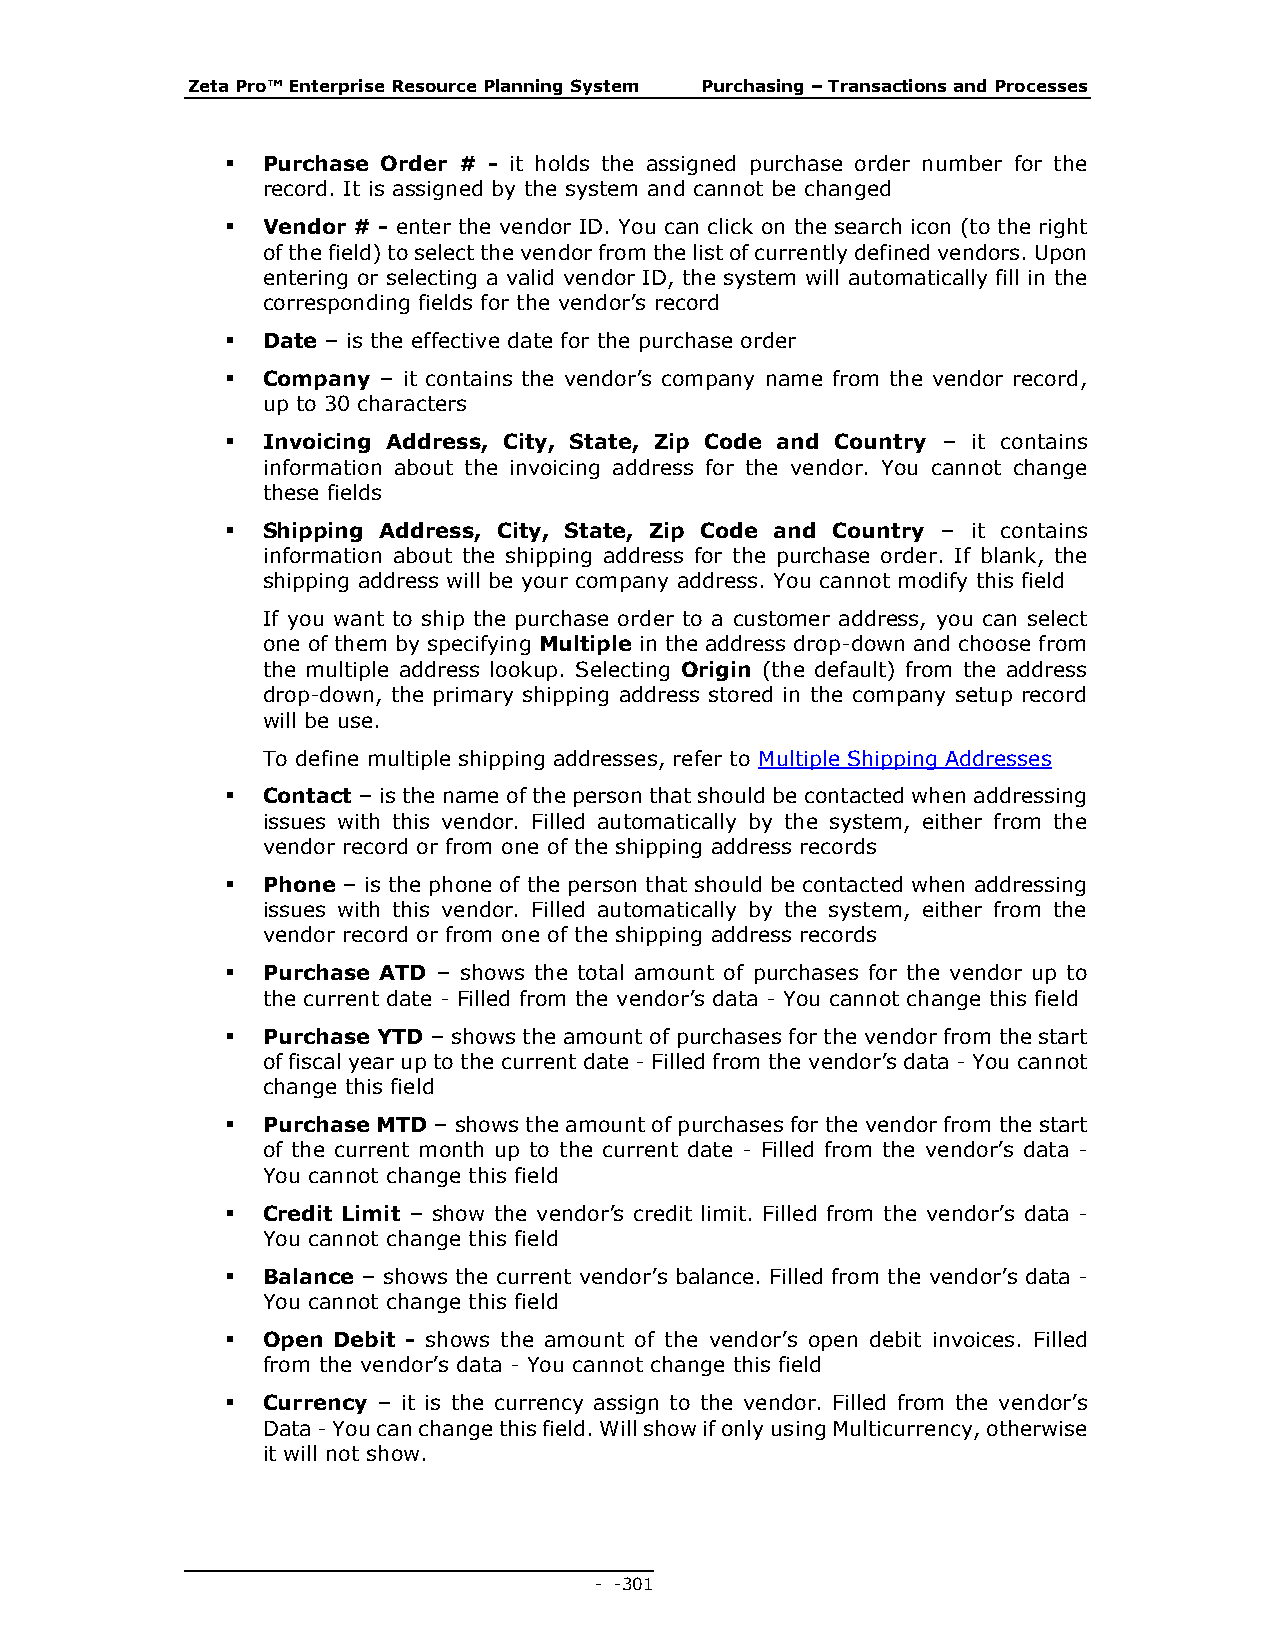
Zeta Pro™ Enterprise Resource Planning System Purchasing – Transactions and Processes
  Purchase Order # - it holds the assigned purchase order number for the
 record. It is assigned by the system and cannot be changed
  Vendor # - enter the vendor ID. You can click on the search icon (to the right
 of the field) to select the vendor from the list of currently defined vendors. Upon
 entering or selecting a valid vendor ID, the system will automatically fill in the
 corresponding fields for the vendor’s record
  Date – is the effective date for the purchase order
  Company – it contains the vendor’s company name from the vendor record,
 up to 30 characters
  Invoicing Address, City, State, Zip Code and Country – it contains
 information about the invoicing address for the vendor. You cannot change
 these fields
  Shipping Address, City, State, Zip Code and Country – it contains
 information about the shipping address for the purchase order. If blank, the
 shipping address will be your company address. You cannot modify this field
 If you want to ship the purchase order to a customer address, you can select
 one of them by specifying Multiple in the address drop-down and choose from
 the multiple address lookup. Selecting Origin (the default) from the address
 drop-down, the primary shipping address stored in the company setup record
 will be use.
 To define multiple shipping addresses, refer to Multiple Shipping Addresses
  Contact – is the name of the person that should be contacted when addressing
 issues with this vendor. Filled automatically by the system, either from the
 vendor record or from one of the shipping address records
  Phone – is the phone of the person that should be contacted when addressing
 issues with this vendor. Filled automatically by the system, either from the
 vendor record or from one of the shipping address records
  Purchase ATD – shows the total amount of purchases for the vendor up to
 the current date - Filled from the vendor’s data - You cannot change this field
  Purchase YTD – shows the amount of purchases for the vendor from the start
 of fiscal year up to the current date - Filled from the vendor’s data - You cannot
 change this field
  Purchase MTD – shows the amount of purchases for the vendor from the start
 of the current month up to the current date - Filled from the vendor’s data -
 You cannot change this field
  Credit Limit – show the vendor’s credit limit. Filled from the vendor’s data -
 You cannot change this field
  Balance – shows the current vendor’s balance. Filled from the vendor’s data -
 You cannot change this field
  Open Debit - shows the amount of the vendor’s open debit invoices. Filled
 from the vendor’s data - You cannot change this field
  Currency – it is the currency assign to the vendor. Filled from the vendor’s
 Data - You can change this field. Will show if only using Multicurrency, otherwise
 it will not show.
 - - 301